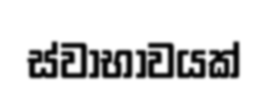
ස්වාභාවයක්